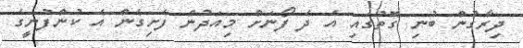
ދިރާގުން ބުނި ގޮތުގައި އެ ދެ ފޯނަށް މިއަދުން ފެށިގެން އެ ކުންފުނީގެ